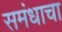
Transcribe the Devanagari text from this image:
समंधाचा